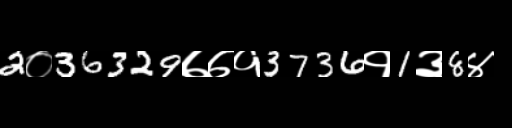
Text: 2०36329७७१3736१1३8४